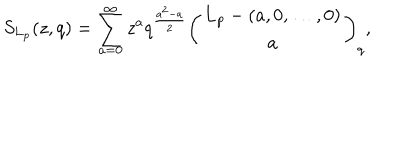
LaTeX: S _ { \mathbf { L } _ { p } } ( z , q ) = \sum _ { a = 0 } ^ { \infty } z ^ { a } q ^ { \frac { a ^ { 2 } - a } { 2 } } \left( \begin{matrix} { { { \mathbf { L } _ { p } - ( a , 0 , \dots , 0 ) } } } \\ { { a } } \\ \end{matrix} \right) _ { q } ,